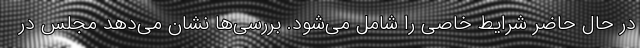
در حال حاضر شرایط خاصی را شامل می‌شود. بررسی‌ها نشان می‌دهد مجلس در